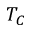
T _ { C }